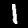
Label: 1